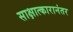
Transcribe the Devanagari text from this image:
साक्षात्कारानंतर